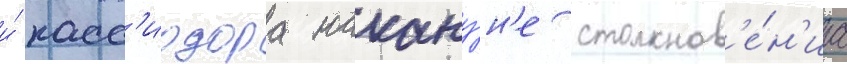
и́ касс'иодора накану́н'е столкнов'е́н'иа